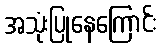
အသုံးပြုနေကြောင်း